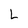
Character: L